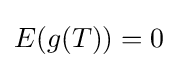
E(g(T))=0